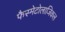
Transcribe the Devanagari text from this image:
फैस्मेटोलाजिकल